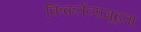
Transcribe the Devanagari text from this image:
किंकर्तव्यमूढ़ता